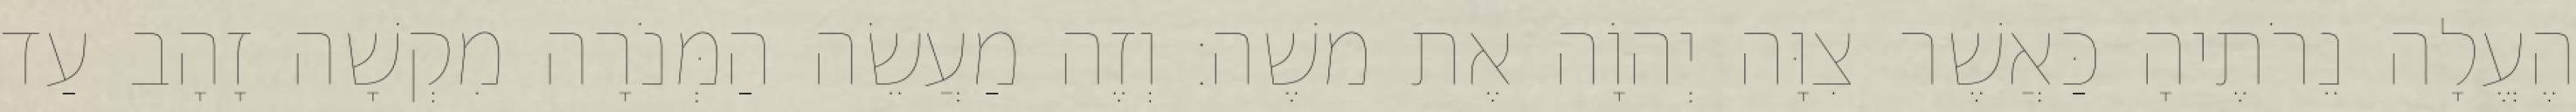
הֶעֱלָה נֵרֹתֶיהָ כַּאֲשֶׁר צִוָּה יְהוָֹה אֶת משֶׁה׃ וְזֶה מַעֲשֵׂה הַמְּנֹרָה מִקְשָׁה זָהָב עַד